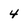
Character: 4